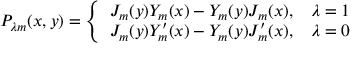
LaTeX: P _ { \lambda m } ( x , y ) = \left\{ \begin{array} { l l } { { J _ { m } ( y ) Y _ { m } ( x ) - Y _ { m } ( y ) J _ { m } ( x ) , } } & { { \lambda = 1 } } \\ { { J _ { m } ( y ) Y _ { m } ^ { \prime } ( x ) - Y _ { m } ( y ) J _ { m } ^ { \prime } ( x ) , } } & { { \lambda = 0 } } \end{array} \right.